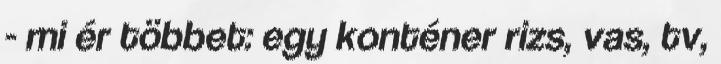
- mi ér többet: egy konténer rizs, vas, tv,